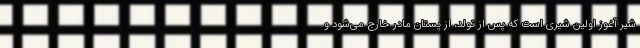
شیر آغوز اولین شیری است که پس از تولد، از پستان مادر خارج می‌شود و